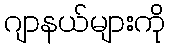
ဂျာနယ်များကို